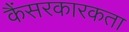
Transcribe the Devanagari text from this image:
कैंसरकारकता